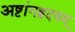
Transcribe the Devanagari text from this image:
अष्टांगह्रदयम्